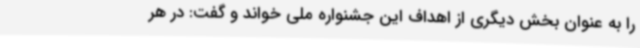
را به عنوان بخش دیگری از اهداف این جشنواره ملی خواند و گفت: در هر